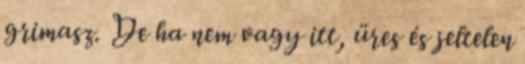
grimasz. De ha nem vagy itt, üres és jeltelen